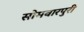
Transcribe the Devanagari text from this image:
सोमवारपुरी